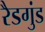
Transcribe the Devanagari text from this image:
रैडगुंड